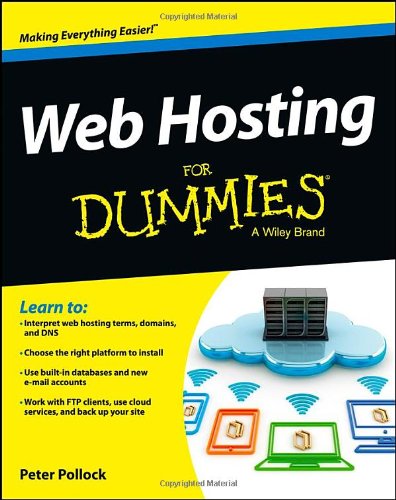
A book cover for Web Hosting For Dummies; Peter Pollock; Computers & Technology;